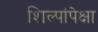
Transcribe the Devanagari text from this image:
शिल्पांपेक्षा